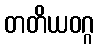
တတိယဝဂ္ဂ